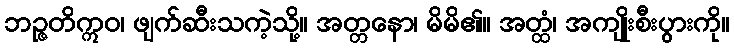
ဘဉ္ဇတိဣဝ၊ ဖျက်ဆီးသကဲ့သို့။ အတ္တနော၊ မိမိ၏။ အတ္ထံ၊ အကျိုးစီးပွားကို။